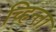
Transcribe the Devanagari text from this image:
च्हिन्ता